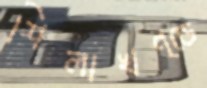
শিলাখণ্ডে